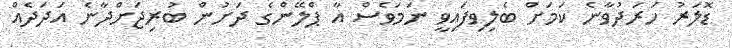
ޑޮލަރު ހަރަދުވާނެ ކަމަށް ބެލިވިފައިވީ ނަމަވެސް އާ ޕްލޭންގެ ދަށުން ބުރިޖަށްދާނެ އަދަދެއް